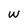
Character: w